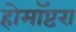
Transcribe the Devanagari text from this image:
होमॉप्टरा